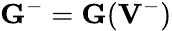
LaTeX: {\mathbf G}^{-}={\mathbf G}({{\mathbf V}}^{-})